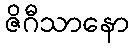
ဇိဂီသာနော